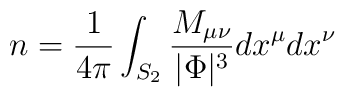
n = {1 \over 4\pi} \int_{S_2}  {M_{\mu\nu} \over |\Phi|^3} dx^{\mu}dx^{\nu}